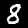
Label: 8